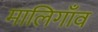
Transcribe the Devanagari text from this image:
मालिगाँव